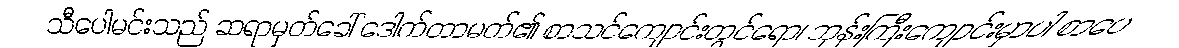
သီပေါမင်းသည် ဆရာမှတ်ခေါ် ဒေါက်တာမတ်၏ စာသင်ကျောင်းတွင်ရော၊ ဘုန်းကြီးကျောင်းမှာပါ စာပေ